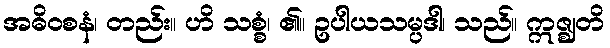
အဓိဝစနံ၊ တည်း။ ဟိ သစ္စံ၊ ၏။ ဥပါယသမ္ပဒါ၊ သည်။ ဣဇ္ဈတိ